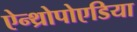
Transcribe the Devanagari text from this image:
ऐन्थ्रोपोएडिया